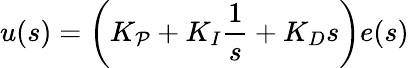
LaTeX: u(s)=\left(K_{\mathcal{P}}+K_{I}{\frac{{1}}{{s}}}+K_{D}s\right)e(s)